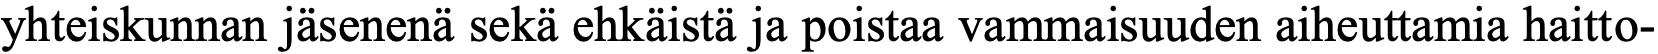
yhteiskunnan jäsenenä sekä ehkäistä ja poistaa vammaisuuden aiheuttamia haitto-